Subject: cs
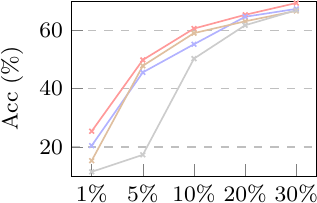
LaTeX code:
			\begin{tikzpicture}\footnotesize
				\begin{axis}[
					legend style={at={(0.5,-0.22)},
						anchor=north,legend columns=2},
					ylabel=Acc (\%),
					width=4.7cm, height=3.8cm,
								ymin=10, ymax=70,
					xtick={1, 2, 3, 4, 5},
					xticklabels={1\%, 5\%, 10\%, 20\%, 30\%},
					xlabel near ticks,
					ylabel near ticks,
					xtick pos=left,
					ytick pos=left,
					ytick align=inside,
					xtick align=inside,
					ymajorgrids=true,
					grid style=dashed,
					legend style={nodes={scale=0.6, transform shape}},
									every node near coord/.append style={font=\tiny},
					]
					\addplot+[semithick,mark=x,mark options={scale=0.6}, red!40!white] plot coordinates {
						(1, 25.39)
						(2, 49.89)
						(3, 60.67)
						(4, 65.39)
						(5, 69.44)
					};
					\addplot+[semithick,mark=x,mark options={scale=0.6}, blue!30!white] plot coordinates {
						(1, 20.45)
						(2, 45.62)
						(3, 55.28)
						(4, 64.72)
						(5, 67.42)
					};
					\addplot+[semithick,mark=x,mark options={scale=0.6}, brown!50!white] plot coordinates {
						(1, 15.28)
						(2, 47.87)
						(3, 59.10)
						(4, 63.15)
						(5, 66.74)
					};;
					\addplot+[semithick,mark=x,mark options={scale=0.6}, gray!40!white] plot coordinates {
						(1, 11.46)
						(2, 17.30)
						(3, 50.34)
						(4, 61.80)
						(5, 66.97)
					};
				\end{axis}
			\end{tikzpicture}